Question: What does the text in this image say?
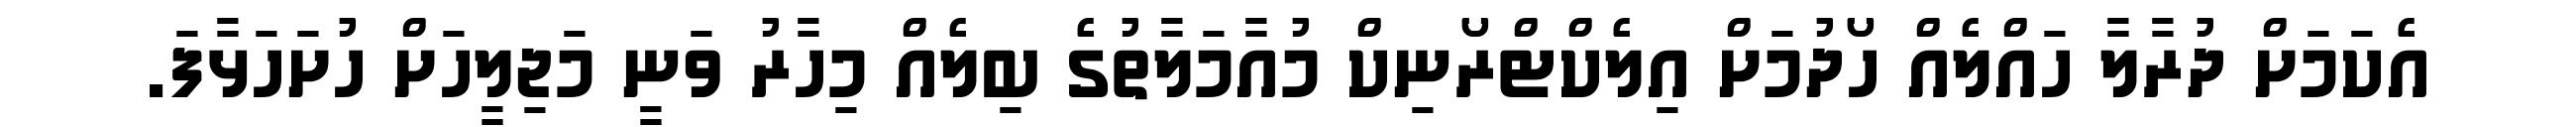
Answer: އެކަމަށް ދުރާލާ ހައްލެއް ހޯދުމަށް އިލެކްޓްރޯނިކް މުއާމަލާތުގެ ބިލެއް މިހާރު ވަނީ މަޖިލީހަށް ހުށަހަޅާފަ.